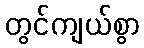
တွင်ကျယ်စွာ